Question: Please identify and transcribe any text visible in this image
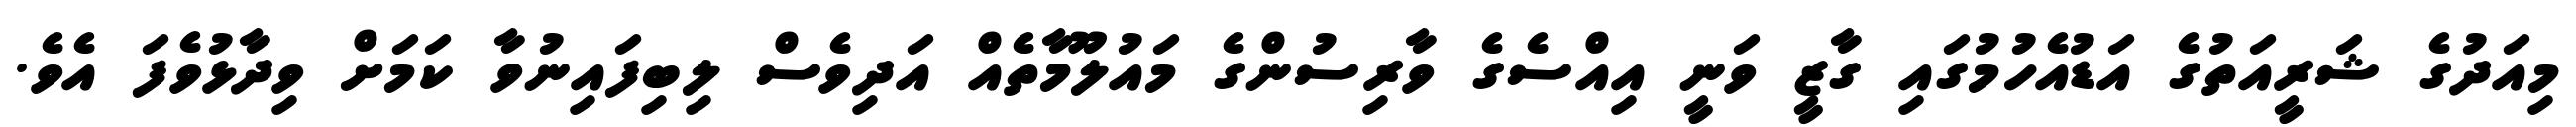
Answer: މިއަދުގެ ޝަރީއަތުގެ އަޑުއެހުމުގައި ގާޒީ ވަނީ އިއްސެގެ ވާރިސުންގެ މައުލޫމާތެއް އަދިވެސް ލިބިފައިނުވާ ކަމަށް ވިދާޅުވެފަ އެވެ.